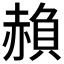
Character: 𮚱